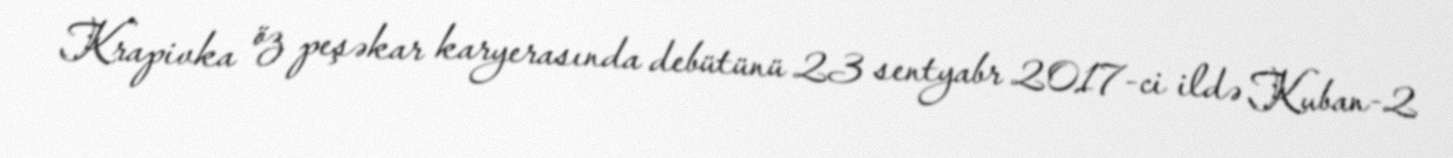
Krapivka öz peşəkar karyerasında debütünü 23 sentyabr 2017-ci ildə Kuban-2